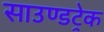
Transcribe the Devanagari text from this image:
साउण्डट्रेक